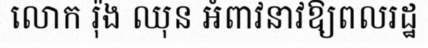
លោក រ៉ុង ឈុន អំពាវនាវឱ្យពលរដ្ឋ